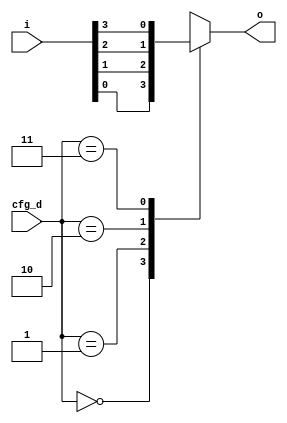
// Automatically generated by PRGA's RTL generator
module cfg_mux4 (
    input wire [3:0] i,
    output reg [0:0] o,
    input wire [1:0] cfg_d
    );

    always @* begin
        o = 1'b0;
        case (cfg_d)    // synopsys infer_mux
            2'd0: o = i[0];
            2'd1: o = i[1];
            2'd2: o = i[2];
            2'd3: o = i[3];
        endcase
    end

endmodule